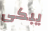
يبكى